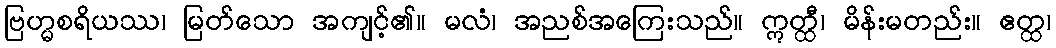
ဗြဟ္မစရိယဿ၊ မြတ်သော အကျင့်၏။ မလံ၊ အညစ်အကြေးသည်။ ဣတ္ထီ၊ မိန်းမတည်း။ ဧတ္ထ၊